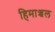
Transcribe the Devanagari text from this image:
हिमाञ्चल